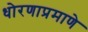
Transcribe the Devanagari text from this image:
धोरणाप्रमाणे